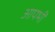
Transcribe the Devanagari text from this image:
आपभी